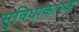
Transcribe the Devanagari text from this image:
सुविधाकारक